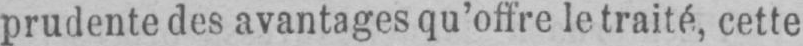
prudente des avantages qu’offre le traité, cette